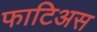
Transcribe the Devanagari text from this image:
फाटिअस